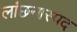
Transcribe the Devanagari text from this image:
लांछनास्‍पद